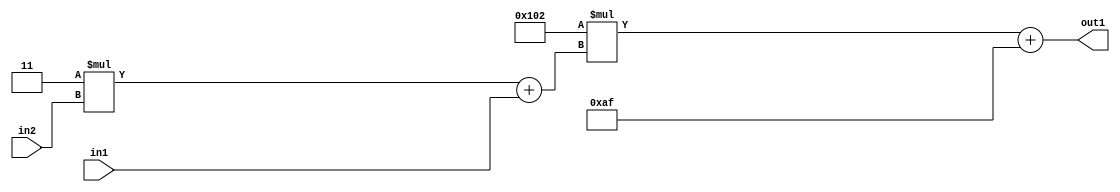
`timescale 1ps / 1ps
/*****************************************************************************
    Verilog RTL Description
    
    
    Created by: Stratus DpOpt 2019.1.01 
*******************************************************************************/

module DC_Filter_Add2i175Mul2i258Add2u1Mul2i3u2_1 (
	in2,
	in1,
	out1
	); /* architecture "behavioural" */ 
input [1:0] in2;
input  in1;
output [11:0] out1;
wire [11:0] asc001;
wire [3:0] asc002;

wire [3:0] asc002_tmp_0;
assign asc002_tmp_0 = 
	+(4'B0011 * in2);
assign asc002 = asc002_tmp_0
	+(in1);

wire [11:0] asc001_tmp_1;
assign asc001_tmp_1 = 
	+(12'B000100000010 * asc002);
assign asc001 = asc001_tmp_1
	+(12'B000010101111);

assign out1 = asc001;
endmodule

/* CADENCE  v7X4SAk= : u9/ySgnWtBlWxVPRXgAZ4Og= ** DO NOT EDIT THIS LINE ******/